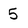
Character: 5